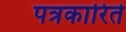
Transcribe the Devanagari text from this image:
पत्रकारिते